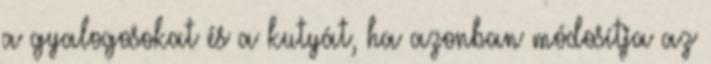
a gyalogosokat és a kutyát, ha azonban módosítja az